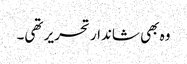
وہ بھی شاندار تحریر تھی۔